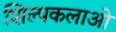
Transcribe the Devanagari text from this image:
शिल्पकलाओ